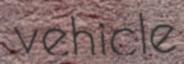
vehicle